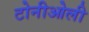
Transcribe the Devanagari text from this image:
टोनीओली